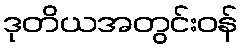
ဒုတိယအတွင်းဝန်